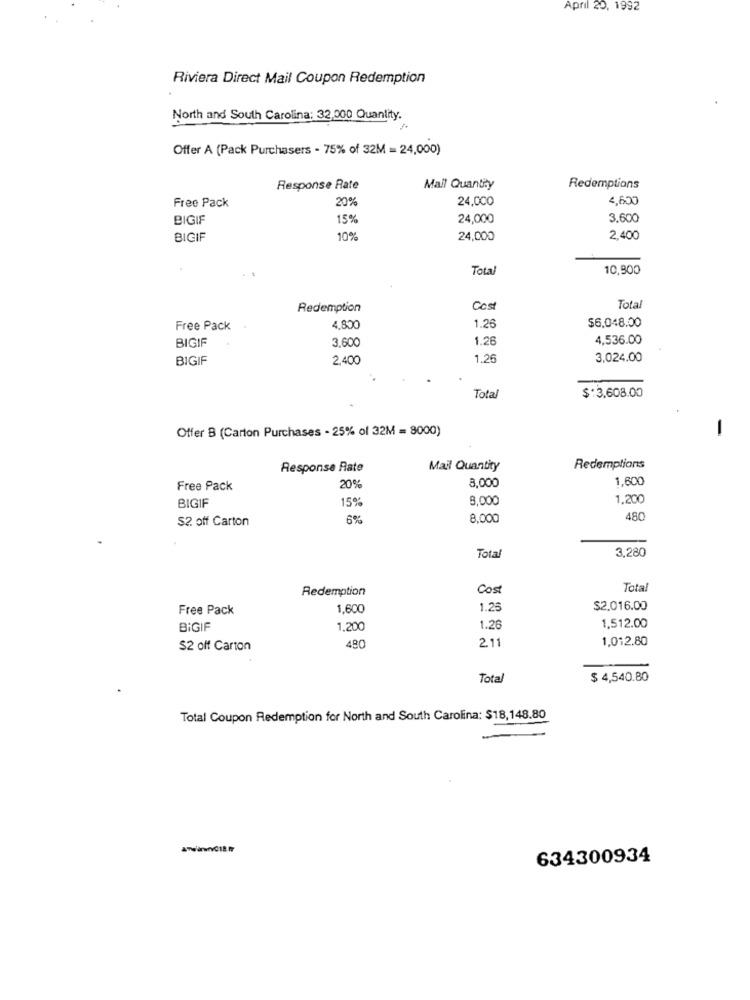
April 20, 1992
Riviera Direct Mail Coupon Redemption
North and South Carolina: 32,000 Quantity.
Offer A (Pack Purchasers - 75% of 32M = 24,000)
Response Rate
Mall Quantity
Redemptions
Free Pack
20%
24,000
4,600
BIGIF
15%
24,000
3.600
BIGIF
10%
24,000
2.400
Total
10,900
Redemption
Cost
Total
$6.048.00
Free Pack
4,800
1.26
BIGIF
3,600
1.26
4,536.00
BIGIF
2,400
1.26
3.024.00
$ :3,608.00
Total
Offer B (Carton Purchases - 25% of 32M = 8000)
-
Response Rate
Mail Quantity
Redemptions
1,600
Free Pack
20%
8,000
15%
8.000
1,200
BIGIF
S2. off Carton
6%
8,000
480
3,280
Total
Redemption
Cost
Total
Free Pack
1,600
1.25
$2.016.00
BİGIF
1,200
1.26
1,512.00
2.11
1,012.80
$2 off Carton
480
Total
$ 4,540.80
Total Coupon Redemption for North and South Carolina: $18,148.80
634300934